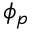
\phi _ { p }